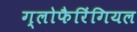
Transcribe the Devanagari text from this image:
ग्लोफैरिंगियल